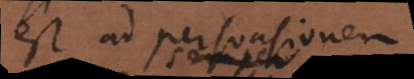
est ad persuasionem